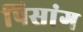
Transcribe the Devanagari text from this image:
पिसांग